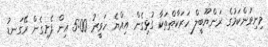
މިނިވަންކަމުގެ ރަންޔޫބީލް ހަރަކާތްތަކާ ގުޅިގެން އިއްޔެ ހަވީރު 5:00 އިން ފެށިގެން ރޭގަނޑު